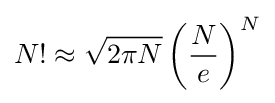
N!\approx {\sqrt {2\pi N}}\left({\frac {N}{e}}\right)^{N}